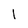
Character: I